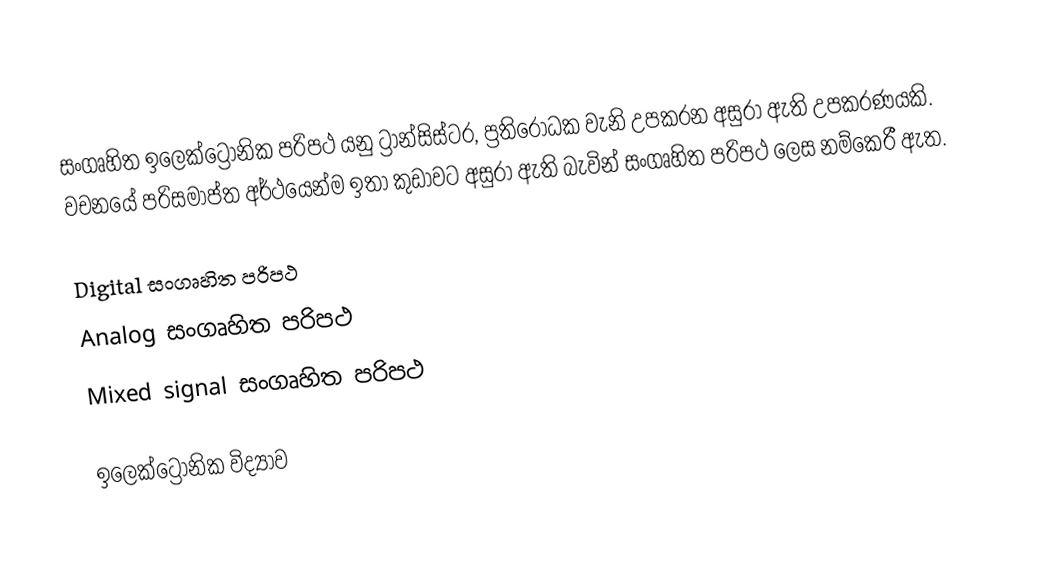
සංගෘහිත ඉලෙක්ට්‍රොනික පරිපථ යනු ට්‍රාන්සිස්ටර, ප්‍රතිරෝධක වැනි උපකරන අසුරා ඇති උපකරණයකි. වචනයේ පරිසමාප්ත අර්ථයෙන්ම ඉතා කුඩාවට අසුරා ඇති බැවින් සංගෘහිත පරිපථ ලෙස නම්කෙරී ඇත.

 Digital සංගෘහිත පරිපථ
 Analog සංගෘහිත පරිපථ
 Mixed signal සංගෘහිත පරිපථ

ඉලෙක්ට්‍රොනික විද්‍යාව